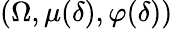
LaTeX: (\Omega,\mu(\delta),\varphi(\delta))